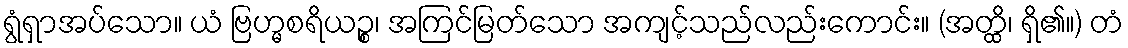
ရွံရှာအပ်သော။ ယံ ဗြဟ္မစရိယဉ္စ၊ အကြင်မြတ်သော အကျင့်သည်လည်းကောင်း။ (အတ္ထိ၊ ရှိ၏။) တံ